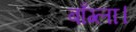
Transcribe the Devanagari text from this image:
बाँग्ला।